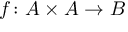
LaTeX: f \colon A \times A \to B